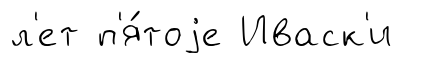
л'ет п'я́тоjе Иваск'и